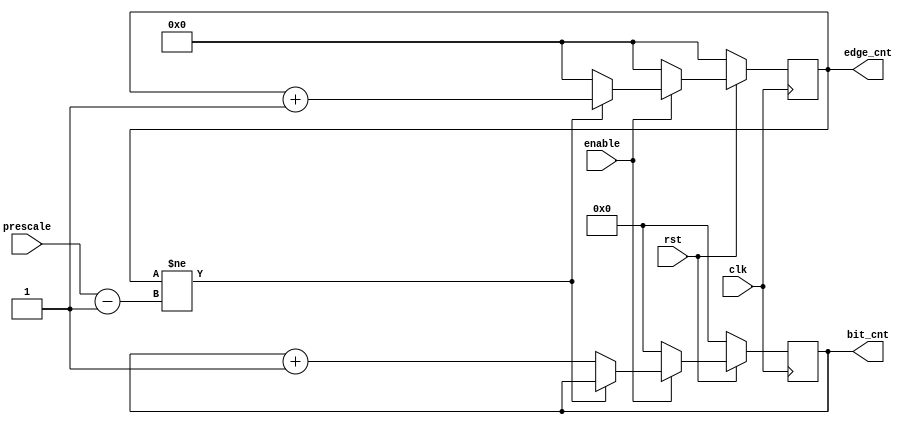

module edge_bit_counter(
    input enable,clk,rst,
    input [5:0]prescale,
    output reg[3:0] bit_cnt,
    output reg[5:0] edge_cnt
);

always @(posedge clk) begin
  if (!rst) 
  begin
    bit_cnt<=4'b0;
    edge_cnt<=5'b0;
  end  
   else if(enable)
   begin
  if (edge_cnt!=prescale-1'b1)
   begin
    edge_cnt<=edge_cnt+1'b1;
  end  
  else
  begin
    edge_cnt<=5'b0;
    bit_cnt<=bit_cnt+1'b1;
  end
  end
  else
  begin
    edge_cnt<=5'b0;
    bit_cnt<=4'b0;
  end
end

endmodule